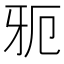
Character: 𱭣